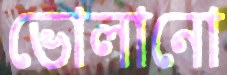
ভোলানো